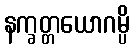
နက္ခတ္တယောဂမ္ပိ